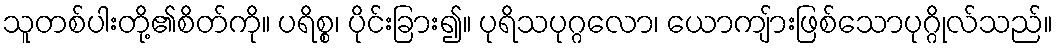
သူတစ်ပါးတို့၏စိတ်ကို။ ပရိစ္စ၊ ပိုင်းခြား၍။ ပုရိသပုဂ္ဂလော၊ ယောကျ်ားဖြစ်သောပုဂ္ဂိုလ်သည်။